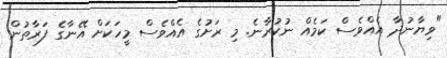
"ވިޔާނުދާ އެއްވެސް ކަމެއް ނުކުރާނެ. މި ރަށުގެ އެއްވެސް މީހަކަށް އޭނާގެ ފަރާތުން